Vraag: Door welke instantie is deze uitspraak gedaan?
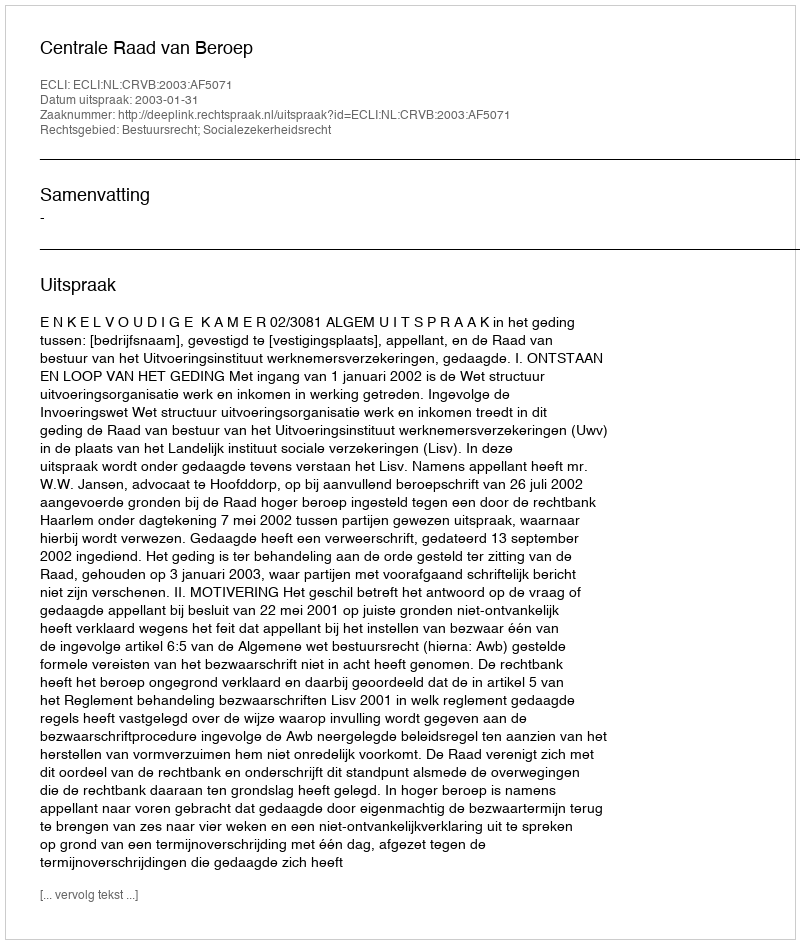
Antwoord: Centrale Raad van Beroep